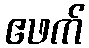
ဧဖက်